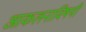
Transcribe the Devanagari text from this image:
आकलनाविषयी